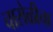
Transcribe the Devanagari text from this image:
चारोळीचा